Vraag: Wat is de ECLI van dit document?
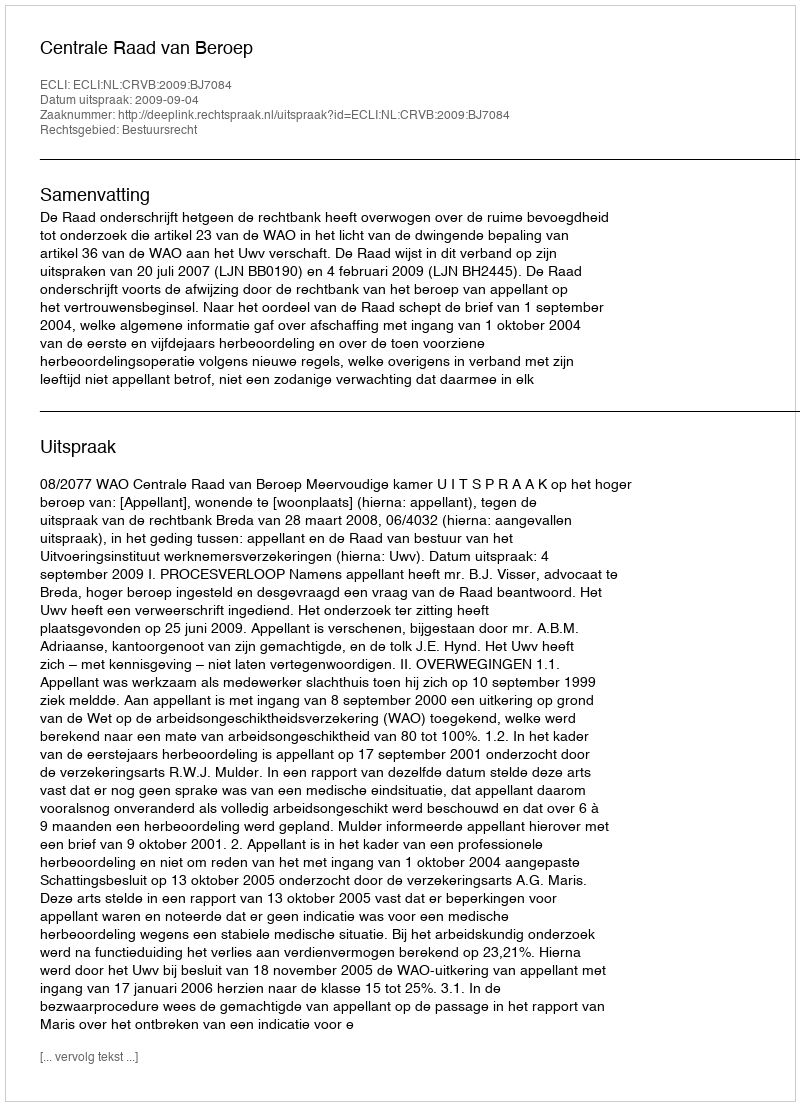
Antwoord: ECLI:NL:CRVB:2009:BJ7084